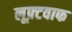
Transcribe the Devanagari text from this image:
लूफ़्टवाफ